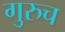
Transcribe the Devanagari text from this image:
गुरुच